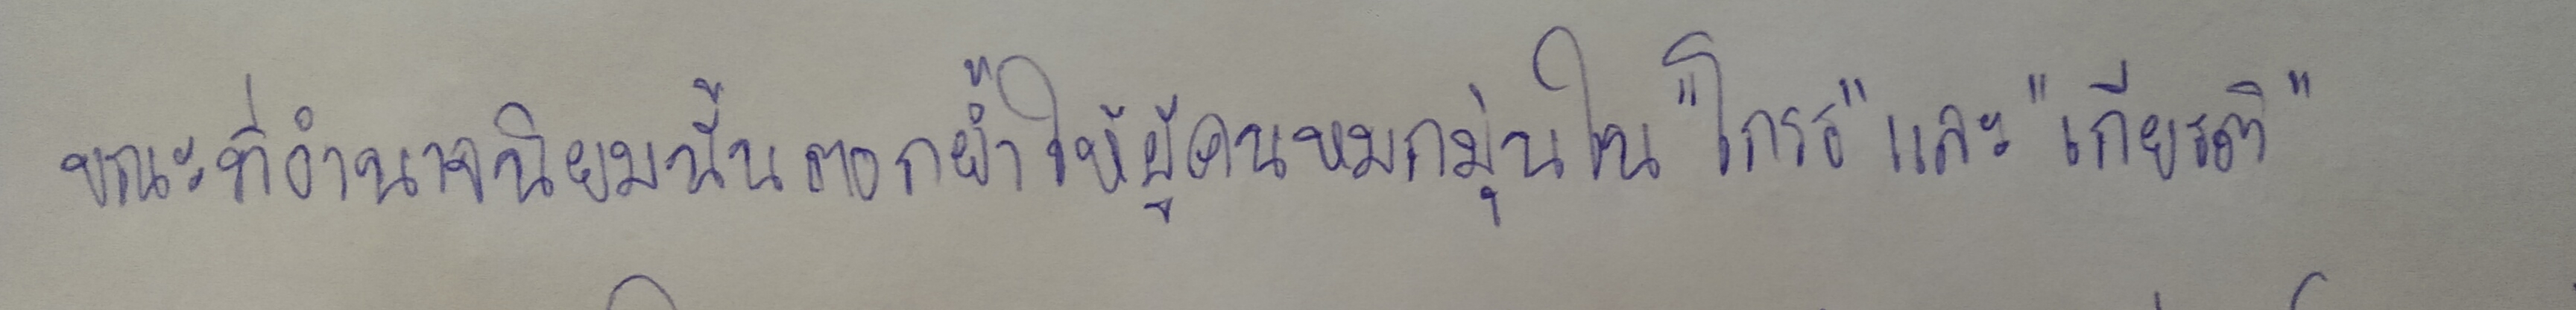
ขณะที่อำนาจนิยมนั้นตอกย้ำให้ผู้คนหมกมุ่นใน"โกรธ"และ"เกียรติ"